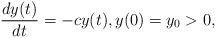
LaTeX: \begin{align*}\frac{dy(t)}{dt} = -cy(t),y(0)=y_0>0,\end{align*}